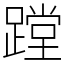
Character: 蹚